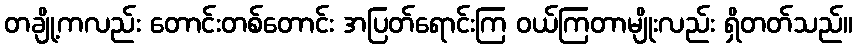
တချို့ကလည်း တောင်းတစ်တောင်း အပြတ်ရောင်းကြ ဝယ်ကြတာမျိုးလည်း ရှိတတ်သည်။